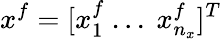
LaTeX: x^{f}=[x_{1}^{f}\ ...\ x_{n_{x}}^{f}]^{T}